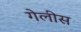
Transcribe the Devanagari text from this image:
गेलीस